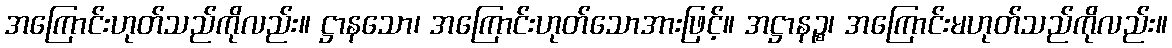
အကြောင်းဟုတ်သည်ကိုလည်း။ ဋ္ဌာနသော၊ အကြောင်းဟုတ်သောအားဖြင့်။ အဋ္ဌာနဉ္စ၊ အကြောင်းမဟုတ်သည်ကိုလည်း။